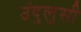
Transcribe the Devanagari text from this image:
उंदुलुसी